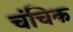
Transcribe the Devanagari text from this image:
चंचिक